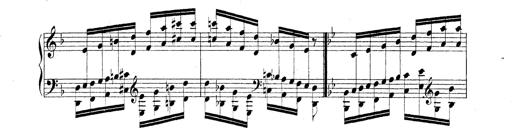
Title: Technische Studien
Composer: Franz Liszt